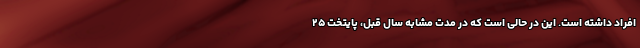
افراد داشته است. این در حالی است که در مدت مشابه سال قبل، پایتخت ۲۵